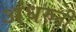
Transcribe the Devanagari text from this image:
अंधरुनी